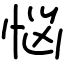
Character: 悩